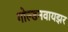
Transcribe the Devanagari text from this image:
गोल्डनवायझर